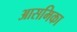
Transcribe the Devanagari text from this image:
आसमिका